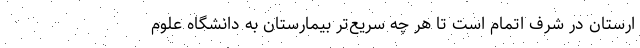
ارستان در شرف اتمام است تا هر چه سریع‌تر بیمارستان به دانشگاه علوم